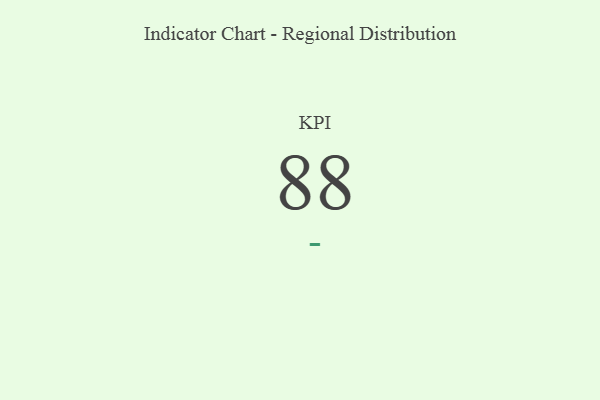
{"axis": {"x": "KPI", "y": "Value"}, "legend": [""], "data": [{"x": "KPI", "y": 88, "type": ""}]}